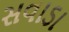
સવાડા